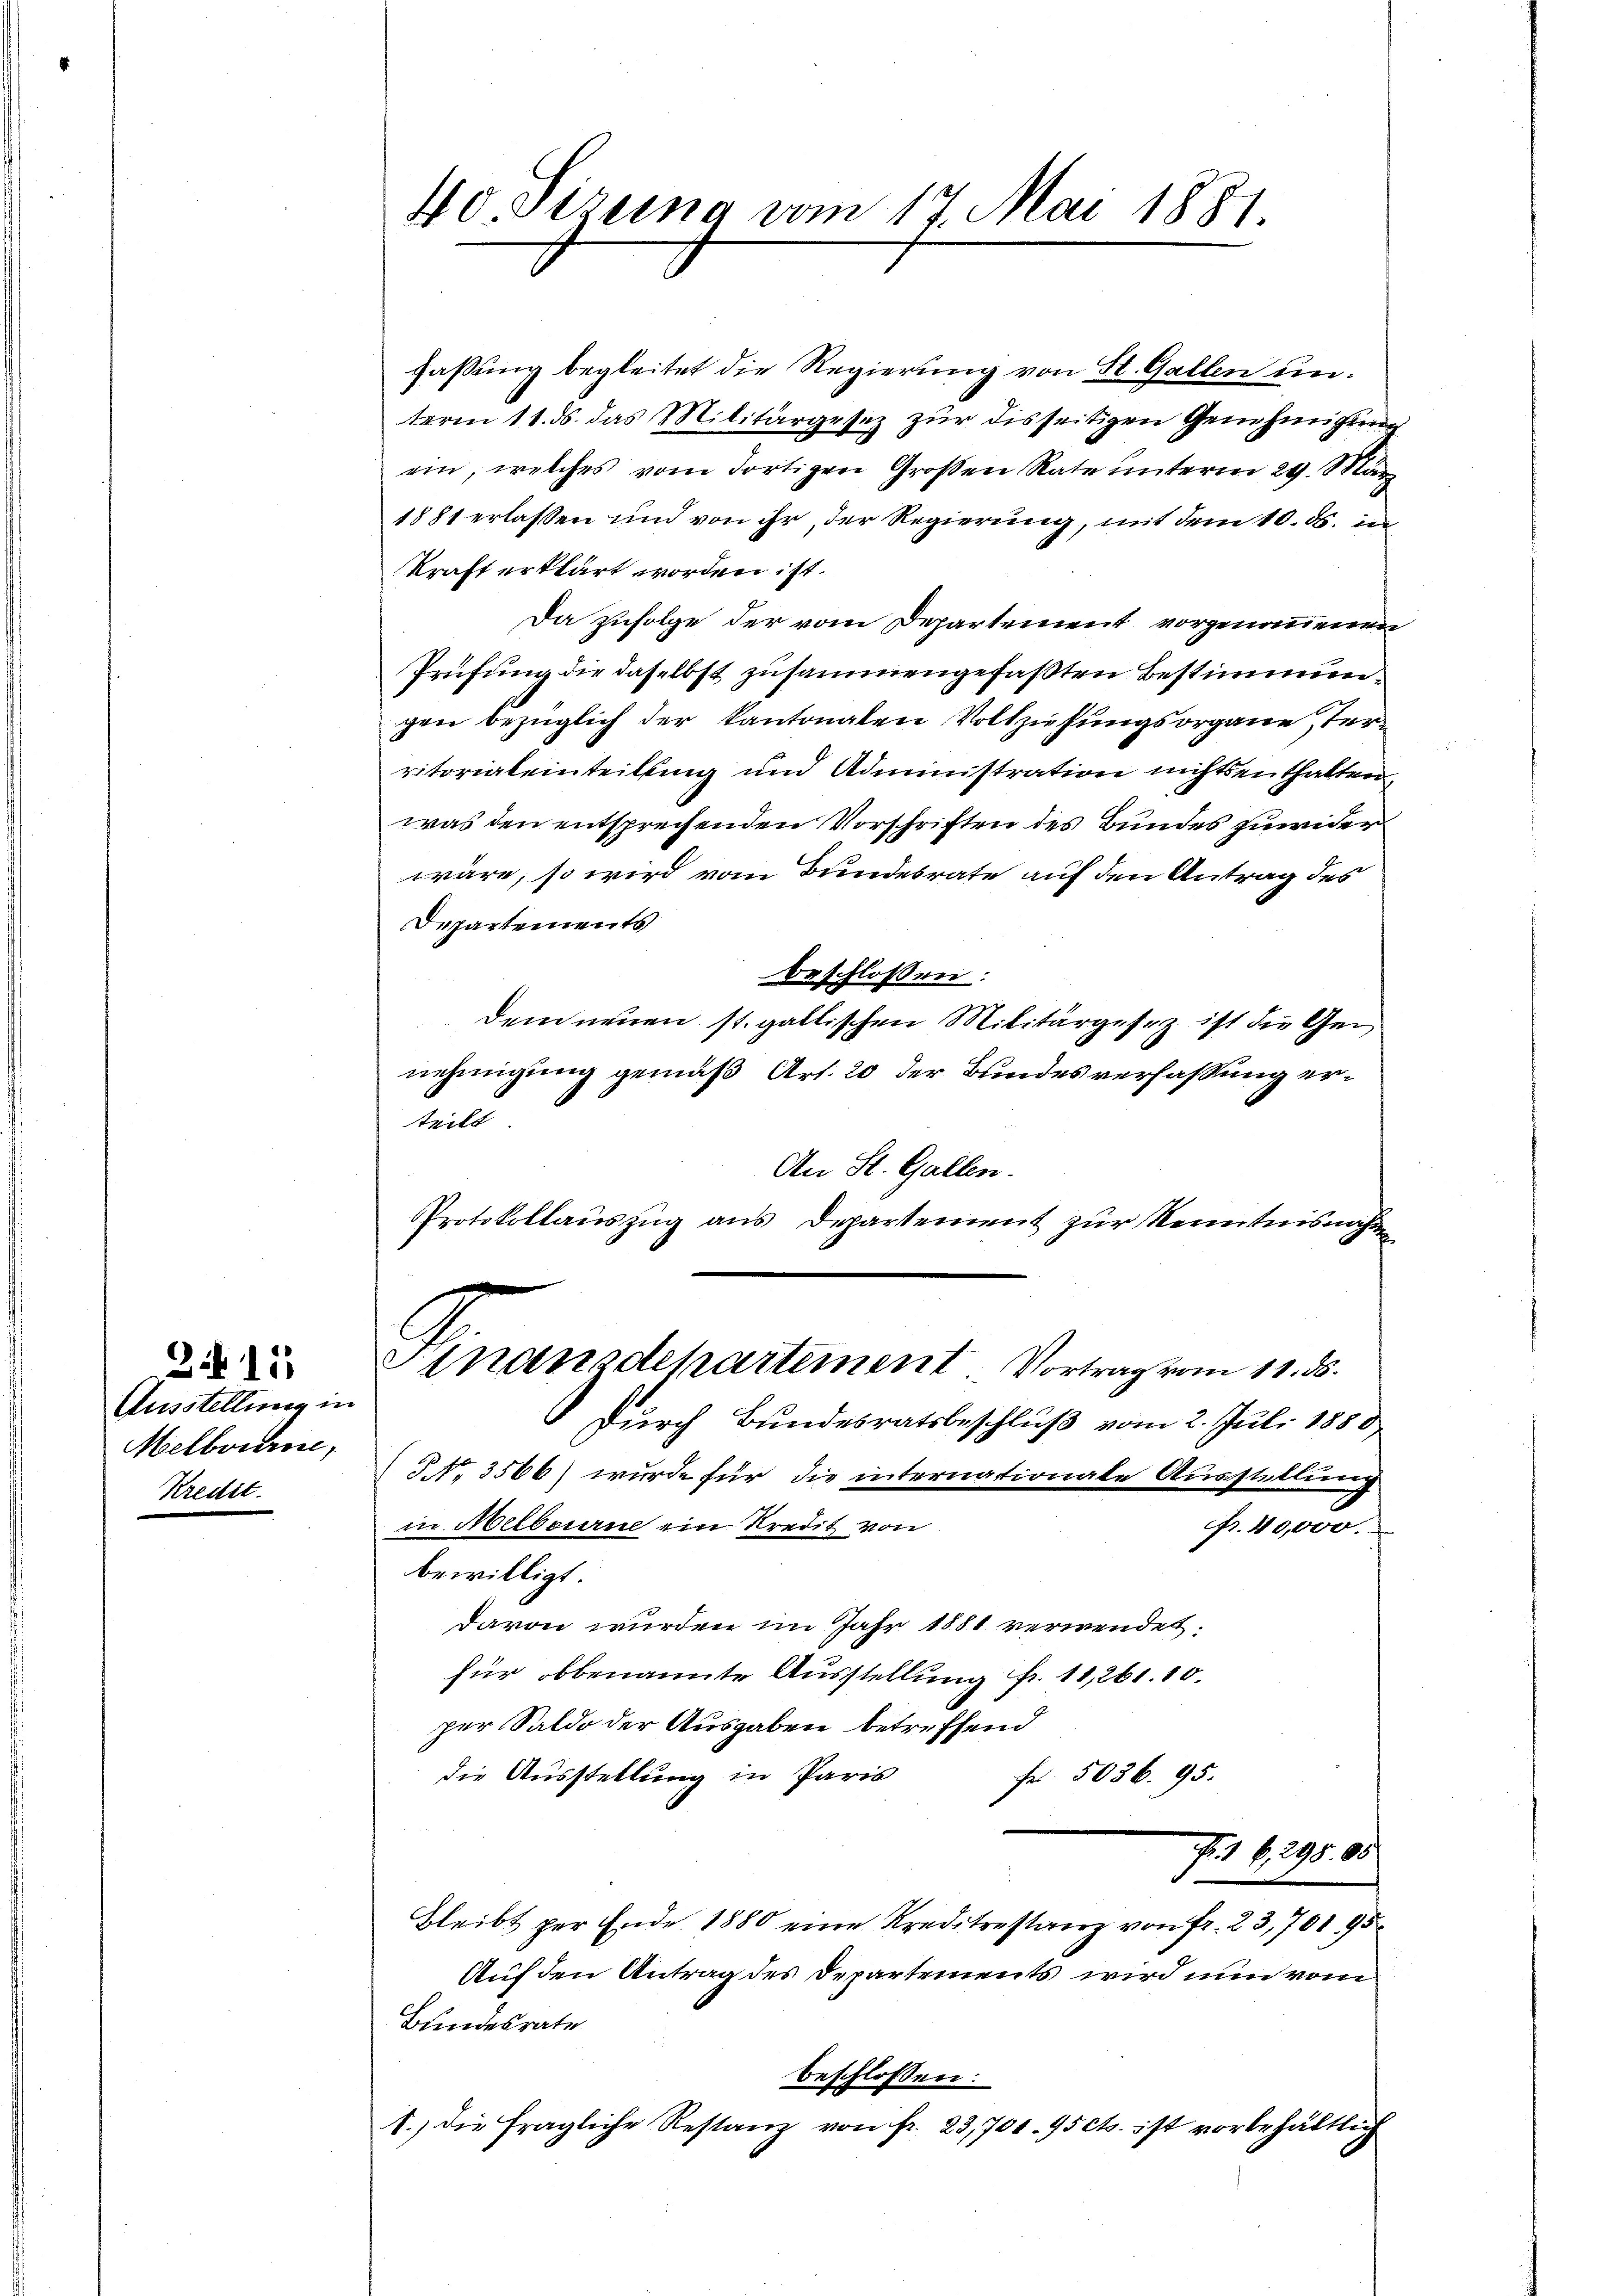
215
Ausstellung in
Melbourse,
Kredit.

4o Sizung vom 17. Mai 1881.

fassung begleitet die Regierung von St. Gallen unterm 18. ds. das Militärgesez zur disseitigen Genehmigung
ein, welches vom dortigen Großen Rate ŭnterm 29. März
1881 erlassen und von ihr, der Regierung, mit dem 10. ds. in
kraft erklärt worden ist.
Da zufolge der vom Departement vorgenommenen
Prüfung die daselbst zusammengefaßten Bestimmungen bezüglich der kantonalen Vollziehungsorgane territorialeinteilung und Administration nichtsenthalten,
was den entsprechenden Vorschriften des Bundes zuwider
wäre, so wird vom Bundesrate auf den Antrag des
Departements
beschlossen:
dem neuen st. gallischen Militärgesez ist die Genehmigung gemäß Art. 20 der Bundesverfassung ertritt
An St. Gallen.
Protokollauszug aus Departement zur Kenntnisnahme
Finanzdepartement Vortrag vom 11. ds.
durch Bundesratsbeschluß vom 2. Juli 1888.
§ No. 3566) wurde für die internationale Ausstellung
in Melbourne ein Kredit von
Fr. 40,000.
bewilligt.
davon wurden im Jahr 1881 verwendet.
für obbenannte Ausstellung fr. 11,261. 10.
per Saldo der Ausgaben betreffend
die Ausstellung in Paris
Fr. 5036. 95.
F. 16, 298. 85
Bleibt per Ende 1880 eine Kreditrestanz von Fr. 23,701 95
Auf den Antrag des Departements wird nun vom
Bundesrate
beschlossen:
1.) die fragliche Restanz von fr. 23,700. 95 cts. ist vorbehältlich